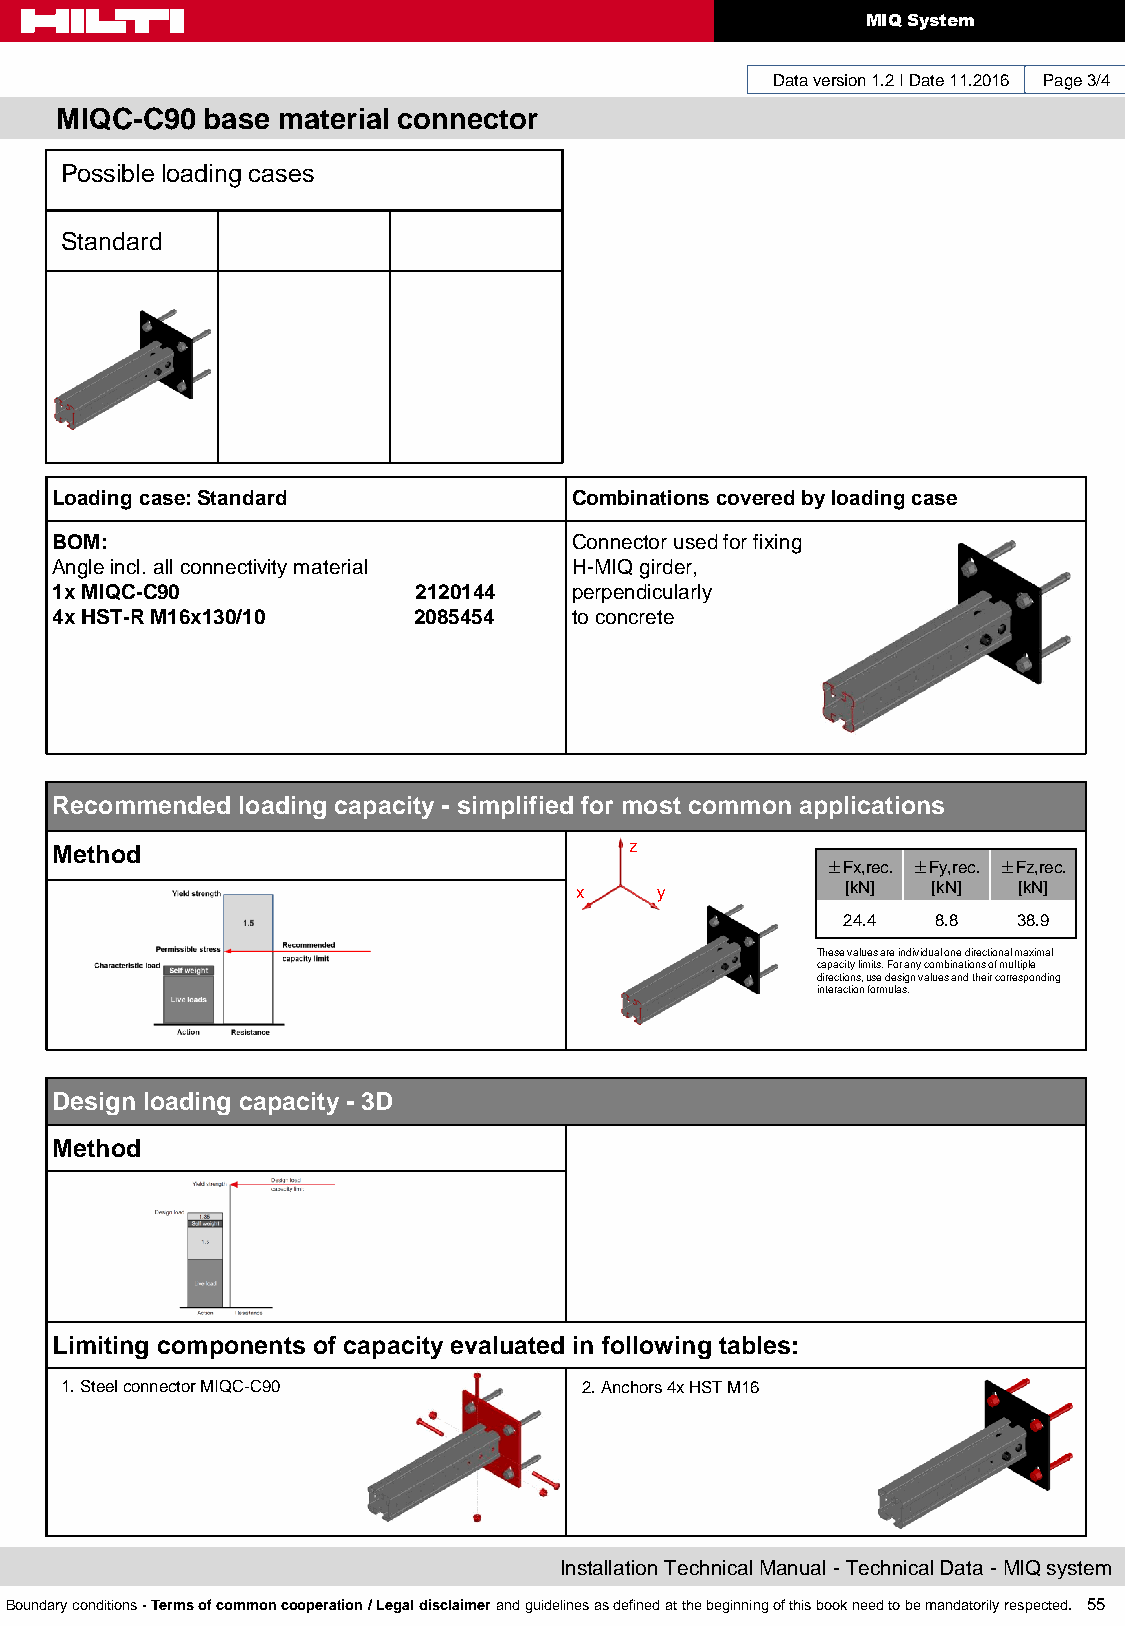
MIQ System
 Data version 1.2 I Date 11.2016 Page 3/4
 MIQC-C90 base material connector
 Possible loading cases
 Standard
 Loading case: Standard             Combinations covered by loading case
 BOM:                               Connector used for fixing
 Angle incl. all connectivity material H-MIQ girder,
 1x MIQC-C90             2120144    perpendicularly
 4x HST-R M16x130/10     2085454    to concrete
 Recommended  loading capacity - simplified for most common applications
 Method                                 z
 ±Fx,rec. ±Fy,rec. ±Fz,rec.
 x    y            [kN]  [kN] [kN]
 24.4  8.8  38.9
 These values are individual one directional maximal
 capacity limits. For any combinations of multiple
 directions, use design values and their corresponding
 interaction formulas.
 Design loading capacity - 3D                                     1/2
 Method
 Limiting components of capacity evaluated in following tables:
 1. Steel connector MIQC-C90        2. Anchors 4x HST M16
 Installation Technical Manual - Technical Data - MIQ system
 Boundary conditions - Terms of common cooperation / Legal disclaimer and guidelines as defined at the beginning of this book need to be mandatorily respected. 55